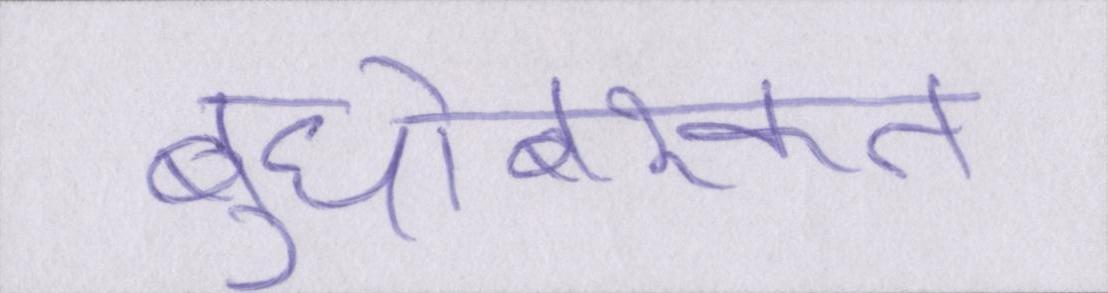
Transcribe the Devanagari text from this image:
बुधोबरकत